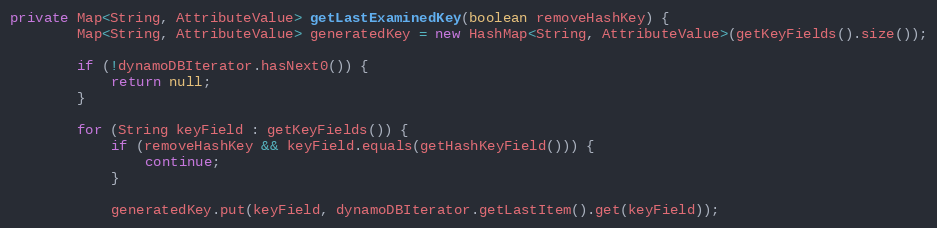
Language: Java
private Map<String, AttributeValue> getLastExaminedKey(boolean removeHashKey) {
        Map<String, AttributeValue> generatedKey = new HashMap<String, AttributeValue>(getKeyFields().size());

        if (!dynamoDBIterator.hasNext0()) {
            return null;
        }

        for (String keyField : getKeyFields()) {
            if (removeHashKey && keyField.equals(getHashKeyField())) {
                continue;
            }

            generatedKey.put(keyField, dynamoDBIterator.getLastItem().get(keyField));